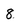
Character: 8